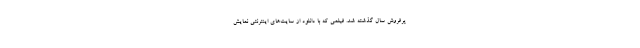
پرفروش سال گذشته شد. فیلمی که با دانلود از سایت‌های اینترنتی نمایش